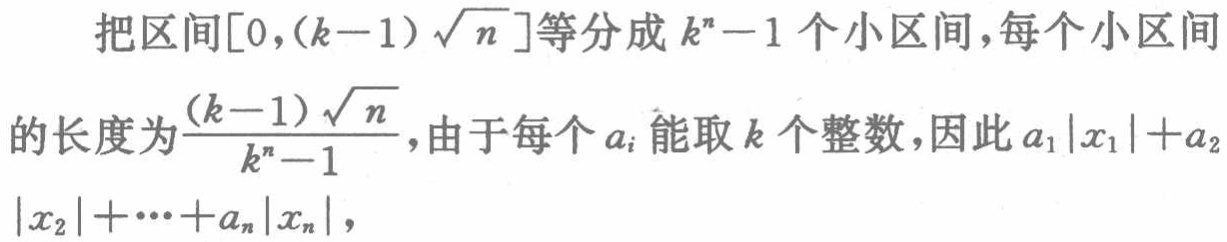
把区间\([0,(k - 1)\sqrt{n}]\)等分成\(k^{n}-1\)个小区间，每个小区间的长度为\(\frac{(k - 1)\sqrt{n}}{k^{n}-1}\)，由于每个\(a_{i}\)能取\(k\)个整数，因此\(a_{1}|x_{1}|+a_{2}|x_{2}|+\cdots +a_{n}|x_{n}|\)，